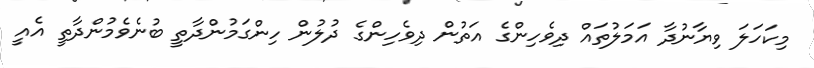
މިކަހަލަ ވިޔާނުދާ އަމަލުތައް ދިވެހިންގެ އަތުން ދިވެހިންގެ ދުލުން ހިންގަމުންދާތީ ބުނެވެމުންދާތީ އެއީ